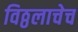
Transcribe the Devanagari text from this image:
विठ्ठलाचेच